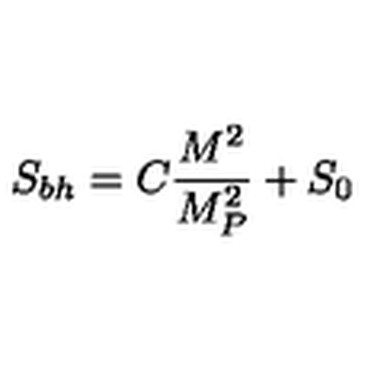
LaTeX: S _ { b h } = C \frac { M ^ { 2 } } { M _ { P } ^ { 2 } } + S _ { 0 }